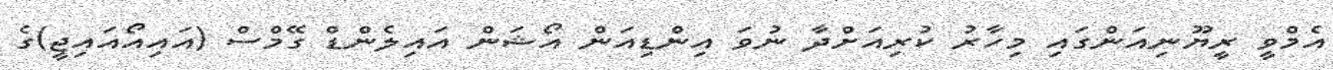
އެމްވީ ރީޔޫނިއަންގައި މިހާރު ކުރިއަށްދާ ނުވަ އިންޑިއަން އޯޝަން އައިލެންޑް ގޭމްސް (އައިއޯއައިޖީ)ގެ